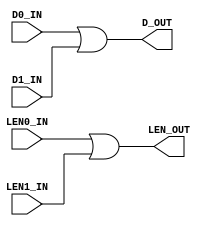

// Copyright (C) Akira Higuchi  ( https://github.com/ahiguti )
// Copyright (C) DeNA Co.,Ltd. ( https://dena.com )
// All rights reserved.
// See COPYRIGHT.txt for details


module xgmii_arbiter_exclusive(
input [3:0] LEN0_IN,
input [63:0] D0_IN,
input [3:0] LEN1_IN,
input [63:0] D1_IN,
output [3:0] LEN_OUT,
output [63:0] D_OUT
);

assign LEN_OUT = LEN0_IN | LEN1_IN;
assign D_OUT = D0_IN | D1_IN;

endmodule